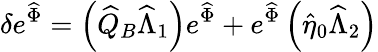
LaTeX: \delta e^{\widehat{\Phi}}=\left(\widehat{Q}_{B}\widehat{\Lambda}_{1}\right)e^{\widehat{\Phi}}+e^{\widehat{\Phi}}\left(\widehat{\eta}_{0}\widehat{\Lambda}_{2}\right)